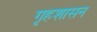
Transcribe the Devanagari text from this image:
गृहशासन